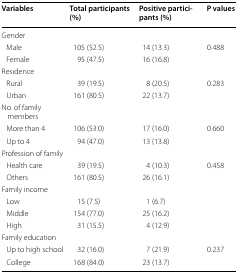
<table><thead><tr><td><b>Variables</b></td><td><b>Total participants (%)</b></td><td><b>Positive participants (%)</b></td><td><b>P values</b></td></tr></thead><tbody><tr><td>Gender</td><td></td><td></td><td></td></tr><tr><td> Male</td><td>105 (52.5)</td><td>14 (13.3)</td><td>0.488</td></tr><tr><td> Female</td><td>95 (47.5)</td><td>16 (16.8)</td><td></td></tr><tr><td>Residence</td><td></td><td></td><td></td></tr><tr><td> Rural</td><td>39 (19.5)</td><td>8 (20.5)</td><td>0.283</td></tr><tr><td> Urban</td><td>161 (80.5)</td><td>22 (13.7)</td><td></td></tr><tr><td>No. of family members</td><td></td><td></td><td></td></tr><tr><td> More than 4</td><td>106 (53.0)</td><td>17 (16.0)</td><td>0.660</td></tr><tr><td> Up to 4</td><td>94 (47.0)</td><td>13 (13.8)</td><td></td></tr><tr><td>Profession of family</td><td></td><td></td><td></td></tr><tr><td> Health care</td><td>39 (19.5)</td><td>4 (10.3)</td><td>0.458</td></tr><tr><td> Others</td><td>161 (80.5)</td><td>26 (16.1)</td><td></td></tr><tr><td>Family income</td><td></td><td></td><td></td></tr><tr><td> Low</td><td>15 (7.5)</td><td>1 (6.7)</td><td></td></tr><tr><td> Middle</td><td>154 (77.0)</td><td>25 (16.2)</td><td></td></tr><tr><td> High</td><td>31 (15.5)</td><td>4 (12.9)</td><td></td></tr><tr><td>Family education</td><td></td><td></td><td></td></tr><tr><td> Up to high school</td><td>32 (16.0)</td><td>7 (21.9)</td><td>0.237</td></tr><tr><td> College</td><td>168 (84.0)</td><td>23 (13.7)</td><td></td></tr></tbody></table>